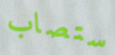
ستصاب